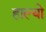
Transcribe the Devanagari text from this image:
हाल्‍यो